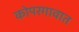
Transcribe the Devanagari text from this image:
कोपरगावात